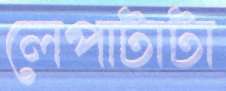
লেপাটাটা